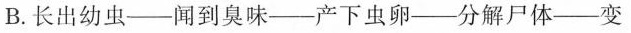
B. 长出幼虫——闻到臭味——产下虫卵——分解尸体——变